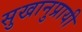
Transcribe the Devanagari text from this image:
सुखानुप्रायी